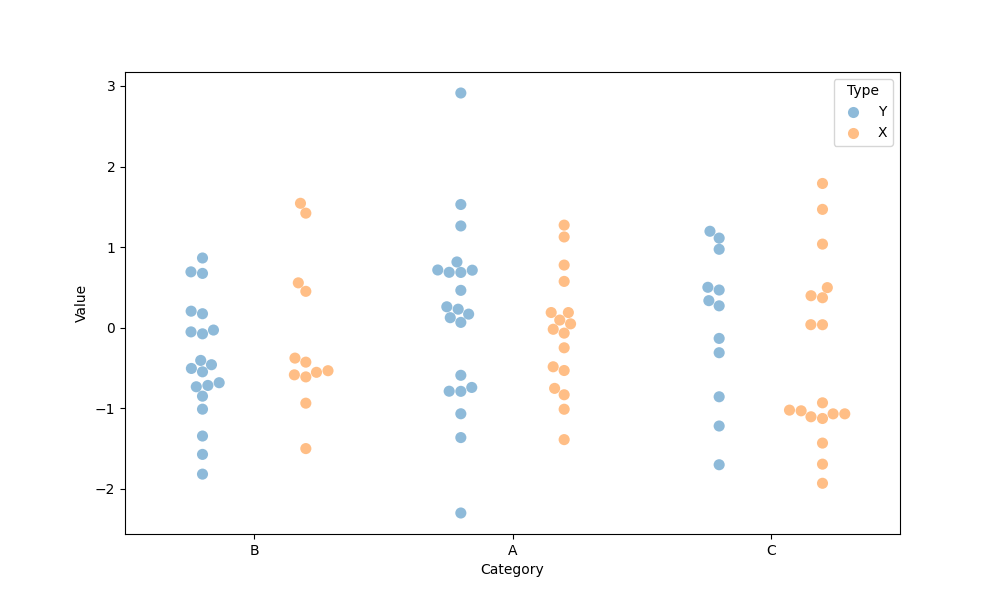
python, seaborn, swarmplot, dodge=True, alpha=0.5, size=8